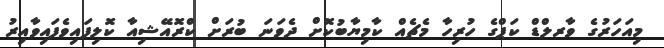
މިއަހަރުގެ ވާރލްޑް ކަޕްގެ ހުރިހާ މެޗެއް ކާމިޔާބުކޮށް ދެވަނަ ބުރަށް ކްރޮއޭޝިއާ ކޮލިފައިވެފައިވާއިރު